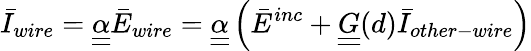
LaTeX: \bar{I}_{wire}=\underline{{\underline{{\alpha}}}}\bar{E}_{wire}=\underline{{\underline{{\alpha}}}}\left(\bar{E}^{inc}+\underline{{\underline{{G}}}}(d)\bar{I}_{other-wire}\right)